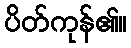
ပိတ်ကုန်၏။